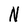
Character: N